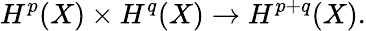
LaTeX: H^{p}(X)\times H^{q}(X)\to H^{p+q}(X).